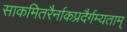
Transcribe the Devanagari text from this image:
साकमितरैर्नाकप्रदैर्गम्यताम्